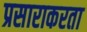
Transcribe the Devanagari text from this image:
प्रसाराकरता